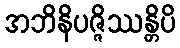
အဘိနိပဇ္ဇိဿန္တိပိ